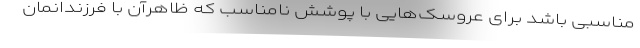
مناسبی باشد برای عروسک‌هایی با پوشش نامناسب که ظاهرآن با فرزندانمان